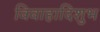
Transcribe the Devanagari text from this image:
विवाहादिशुभ